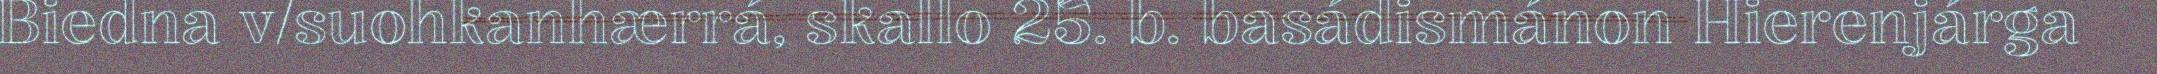
Biedna v/suohkanhærrá, skallo 25. b. basádismánon Hierenjárga